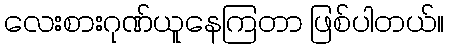
လေးစားဂုဏ်ယူနေကြတာ ဖြစ်ပါတယ်။